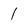
Character: 1